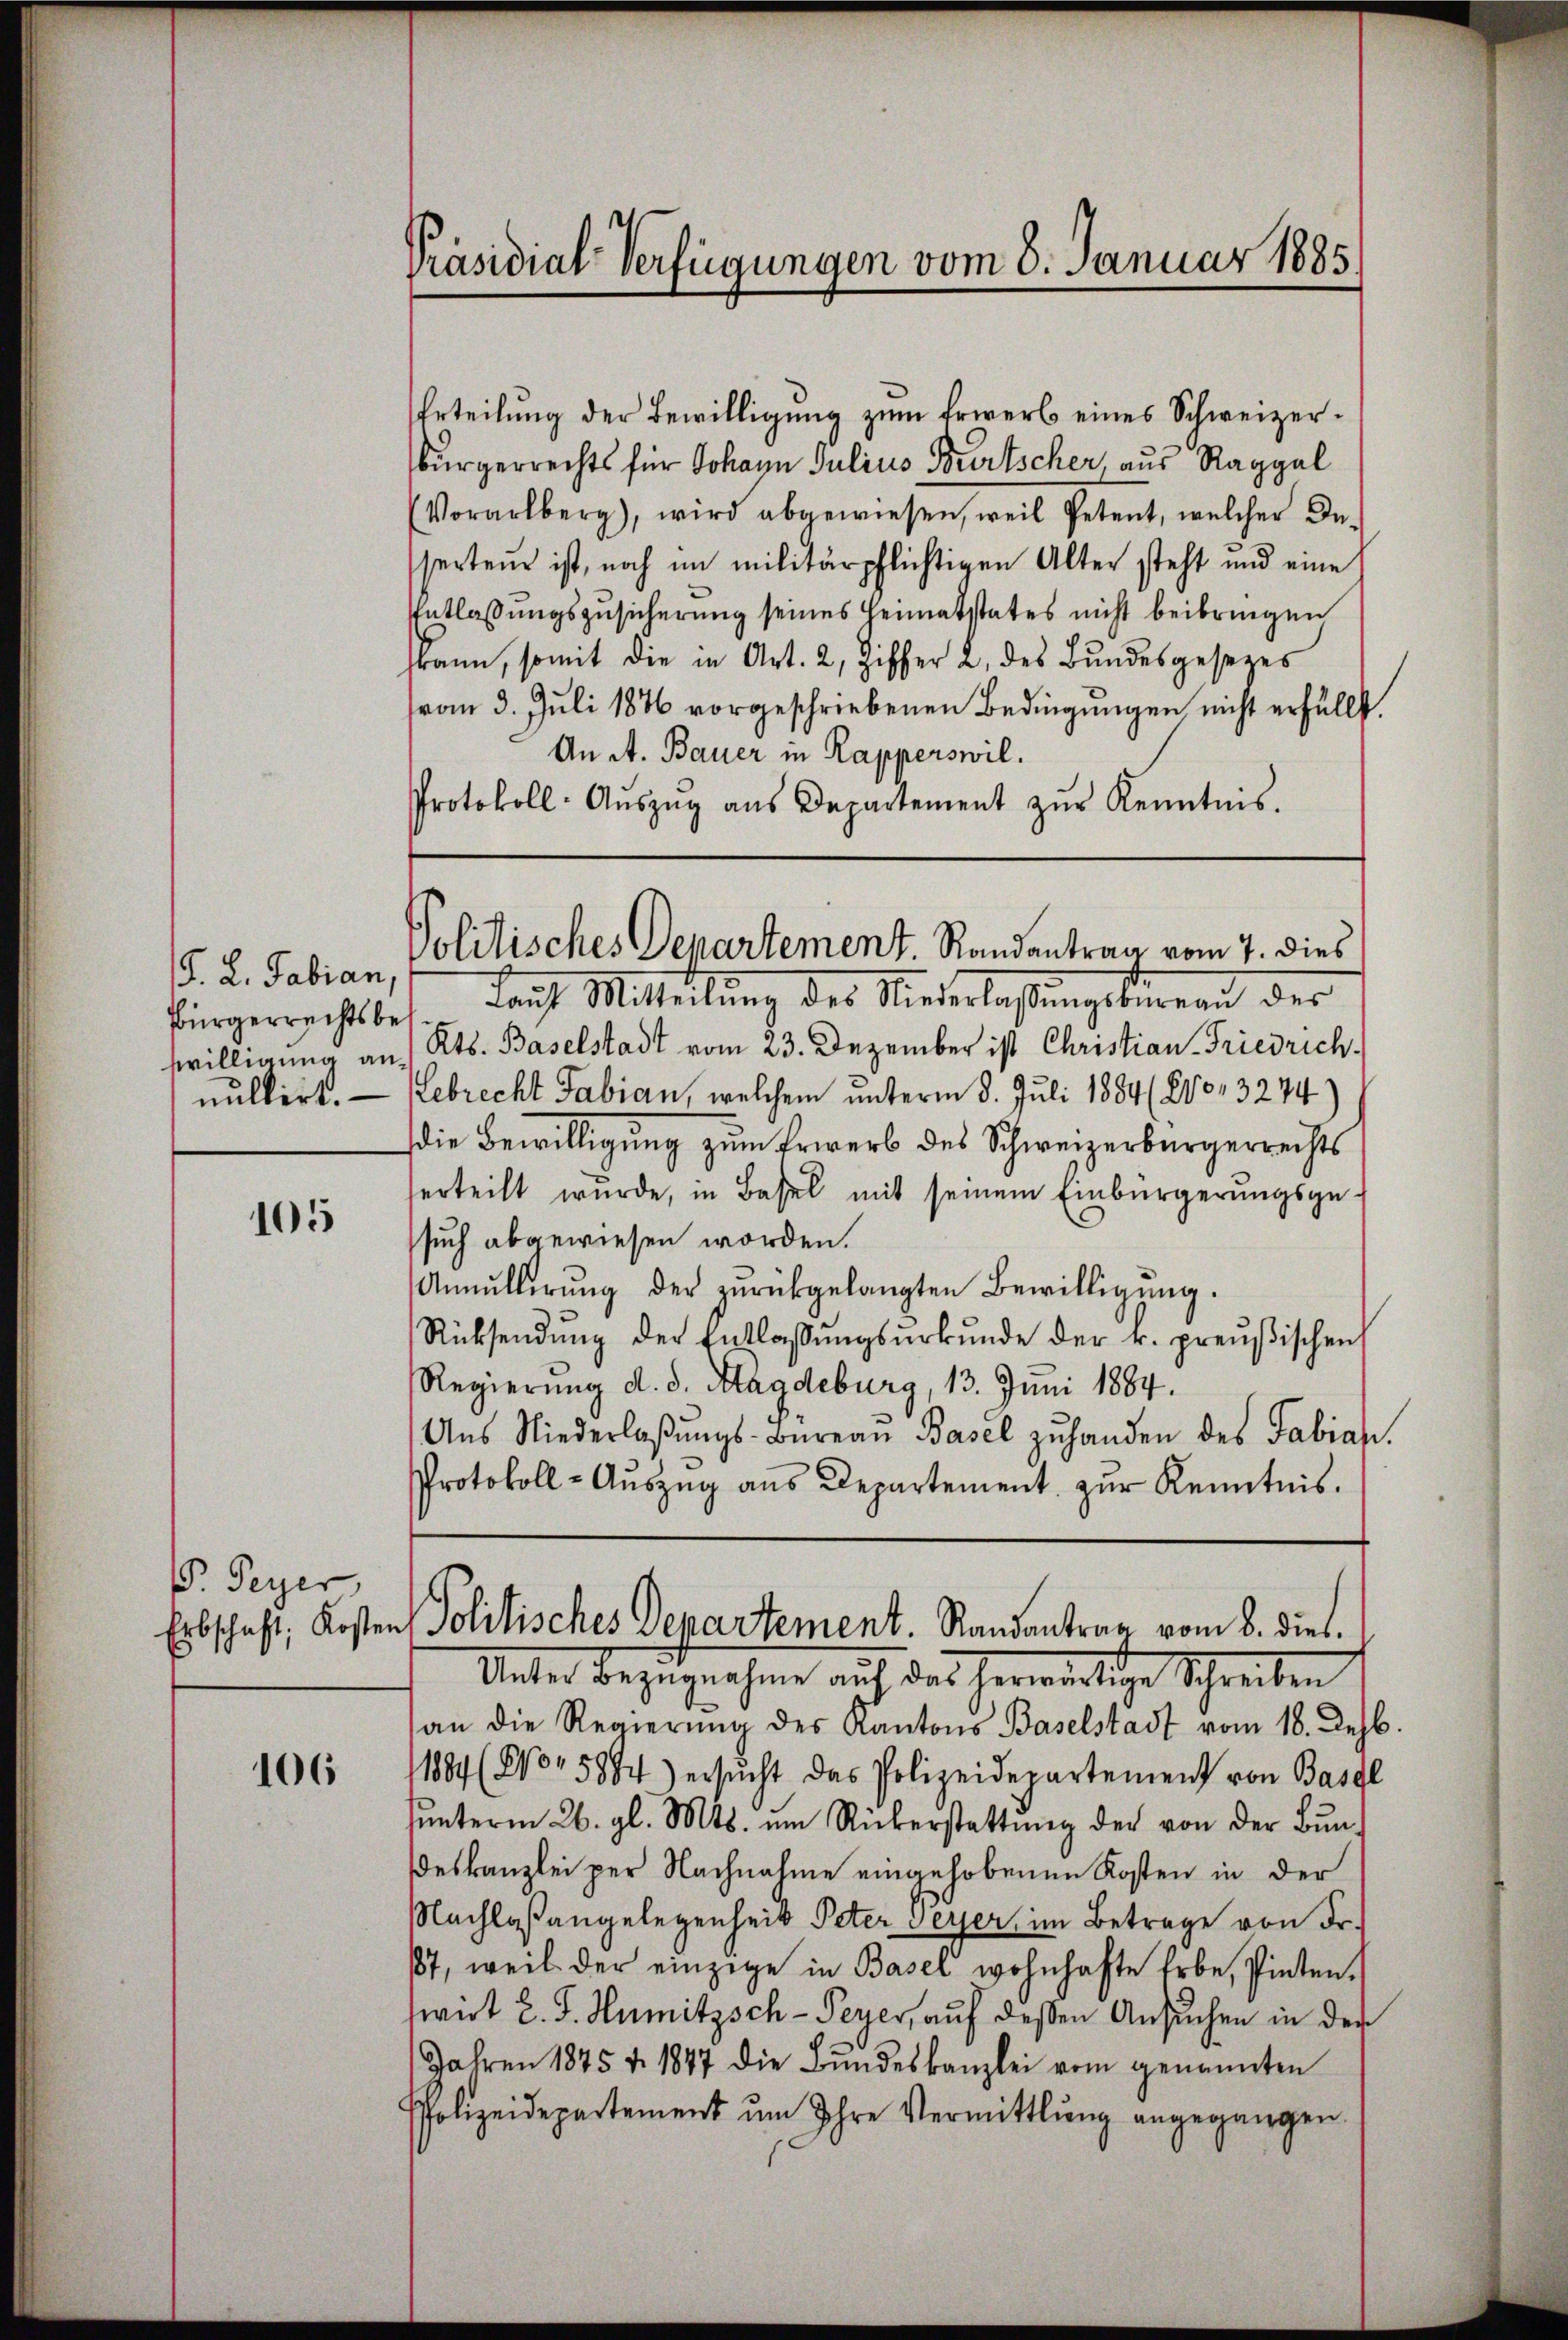
F. L. Sabian,
Bürgerrechtsbezwilligung annultirt.

105

V. Peyer

106

Präsidial-Verfügungen vom 8. Januar 1885

Erteilung der Bewilligung zum Erwerb eines Schweizerbürgerrechts für Johann Julius Bürtscher, aus Raggel
Vorarlberg), wird abgewiesen, weil Petent, welcher Inserteur ist, noch im militärpflichtigen Alter steht und eine
Entlassungszusicherung seines Heimatstates nicht beibringen
fkann, somit die in Art. 2, Ziffer 2. des Bŭndesgesezes
vom 3. Juli 1876 vorgeschriebenen Bedingungen nicht erfüllt.
An A. Bauer in Kapperswil.
Protokoll- Aŭszŭg aŭs Departement zŭr Kenntnis.

Politisches Departement. Randantrag vom 7. dies

Lauf Mitteilung des Niederlaßungslingen der
Kts. Baselstadt vom 23. Dezember ist Christian Friedrich
Lebrecht Fabian, welchem unterm 8. Juli 1884 (870, 3274)
die Bewilligung zum Erwerb des Schweizerbürgerrechts
erteilt wurde, in Basel mit seinem Einbürgerungsge-
such abgewiesen worden.
Anmüllerŭng der zŭrückgelangten Bewilligŭng.
Rücksendŭng der Entlassŭngsŭrkŭnde der k. preußischen
Regierung d. d. Magdeburg, 13. Juni 1884.
Ans Niederlaβŭngs-Büreaŭ Basel zŭ handen des Fabian.
Protokoll-Aŭszŭg aŭs Departement zŭr Kenntnis.
Erbschaft, Kosten Politisches Departement. Randantrag vom 8. dies
Unter Bezugnahme auf das herwärtige Schreiben
an die Regierŭng des Kantons Baselstadt vom 18. Jehb.
11884 (Wo 5884) ersŭcht das Polizeidepartement von Basel
ŭnterm 26. gl. Mts. ŭm Rükerstattŭng der von der Bŭn-
deskanzlei per Nachnahme eingehobenen Kosten in der
Nachlaßangelegenheit Peter Peyer, im Betrage von Fr.
17, weil der einzige in Basel wohnhafte Erbe, Pinten.
twurt l. J. Humitzsch-Peyer, auf dessen Ansuchen in der
Jahren 1875 v. 1847 die Bŭndeskanzlei vom genannten
PPolizeidepartement um Ihre Vermittlung angegangen.